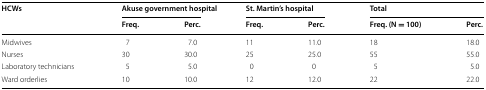
<table><thead><tr><td rowspan="2"><b>HCWs</b></td><td colspan="2"><b>Akuse government hospital</b></td><td colspan="2"><b>St. Martin’s hospital</b></td><td colspan="2"><b>Total</b></td></tr><tr><td><b>Freq.</b></td><td><b>Perc.</b></td><td><b>Freq.</b></td><td><b>Perc.</b></td><td><b>Freq. (N = 100)</b></td><td><b>Perc.</b></td></tr></thead><tbody><tr><td>Midwives</td><td>7</td><td>7.0</td><td>11</td><td>11.0</td><td>18</td><td>18.0</td></tr><tr><td>Nurses</td><td>30</td><td>30.0</td><td>25</td><td>25.0</td><td>55</td><td>55.0</td></tr><tr><td>Laboratory technicians</td><td>5</td><td>5.0</td><td>0</td><td>0</td><td>5</td><td>5.0</td></tr><tr><td>Ward orderlies</td><td>10</td><td>10.0</td><td>12</td><td>12.0</td><td>22</td><td>22.0</td></tr></tbody></table>